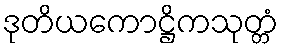
ဒုတိယကောဋ္ဌိကသုတ္တံ